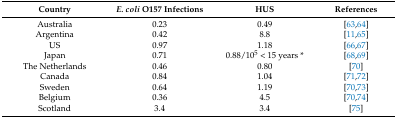
<table><thead><tr><td><b>Country</b></td><td><b><i>E. coli</i> O157 Infections</b></td><td><b>HUS</b></td><td><b>References</b></td></tr></thead><tbody><tr><td>Australia</td><td>0.23</td><td>0.49</td><td>[63,64]</td></tr><tr><td>Argentina</td><td>0.42</td><td>8.8</td><td>[11,65]</td></tr><tr><td>US</td><td>0.97</td><td>1.18</td><td>[66,67]</td></tr><tr><td>Japan</td><td>0.71</td><td>0.88/105 &lt; 15 years *</td><td>[68,69]</td></tr><tr><td>The Netherlands</td><td>0.46</td><td>0.80</td><td>[70]</td></tr><tr><td>Canada</td><td>0.84 </td><td>1.04</td><td>[71,72]</td></tr><tr><td>Sweden</td><td>0.64</td><td>1.19</td><td>[70,73]</td></tr><tr><td>Belgium</td><td>0.36</td><td>4.5</td><td>[70,74]</td></tr><tr><td>Scotland</td><td>3.4</td><td>3.4</td><td>[75]</td></tr></tbody></table>